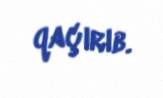
qaçırıb.